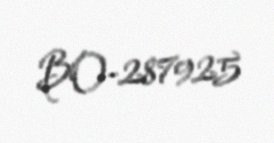
BO-287925